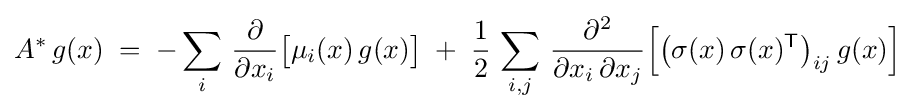
A^{*}\,g(x)\;=\;-\sum _{i}\,{\frac {\partial }{\partial x_{i}}}{\bigl [}\mu _{i}(x)\,g(x){\bigr ]}\;+\;{\frac {1}{2}}\,\sum _{i,j}\,{\frac {\partial ^{2}}{\partial x_{i}\,\partial x_{j}}}{\Bigl [}{\bigl (}\sigma (x)\,\sigma (x)^{\mathsf {T}}{\bigr )}_{ij}\,g(x){\Bigr ]}